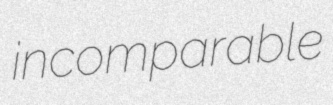
incomparable